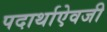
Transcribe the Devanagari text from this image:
पदार्थाऐवजी